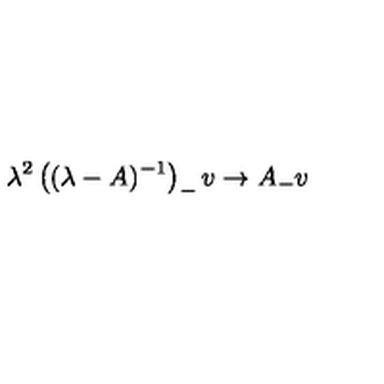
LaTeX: \lambda ^ { 2 } \left( ( \lambda - A ) ^ { - 1 } \right) _ { - } v \to A _ { - } v \,